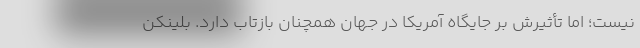
نیست؛ اما تأثیرش بر جایگاه آمریکا در جهان همچنان بازتاب دارد. بلینکن